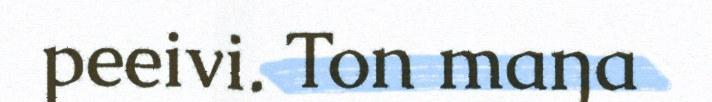
peeivi. Ton maŋa